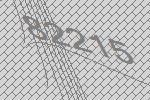
82215